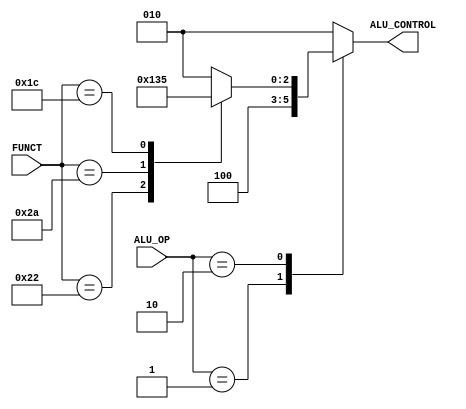
module ALU_DECODER (
input  wire  [1:0]        ALU_OP,
input  wire  [5:0]        FUNCT,
output reg   [2:0]        ALU_CONTROL 
);

 always @(*)
  begin
     case(ALU_OP)
       3'b00:
              begin
                ALU_CONTROL=3'b010;
              end
       3'b01:
              begin
                ALU_CONTROL=3'b100;
              end
       3'b10:
              begin
                case(FUNCT)
                  6'b100000:
                             begin
                               ALU_CONTROL=3'b010;
                             end
                  6'b100010:
                             begin
                               ALU_CONTROL=3'b100;
                             end
                  6'b101010:
                             begin
                               ALU_CONTROL=3'b110;
                             end
                  6'b011100:
                             begin
                               ALU_CONTROL=3'b101;
                             end
                  default:
                             begin
                               ALU_CONTROL=3'b010;
                             end
                 endcase
                
              end
       default:
              begin
                ALU_CONTROL=3'b010;
              end                                       
      endcase     
  end
endmodule